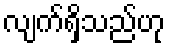
လျက်ရှိသည်ဟု